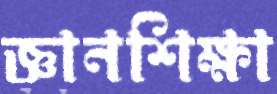
জ্ঞানশিক্ষা